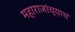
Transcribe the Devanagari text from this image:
महाराजांच्याच